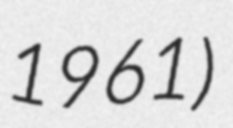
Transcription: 1961)